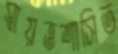
স্বায়ত্তশাসিত